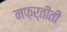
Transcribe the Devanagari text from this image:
नफ़र्तीती